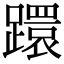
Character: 𨆈